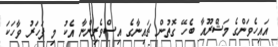
އައިހެވަންގެ މަޝްރޫއާ ބެހޭ ގޮތުން ޗައިނާގެ އިސްވެރިންނާ އެކު މި ފަހަރު ވާހަކަ